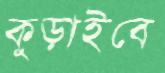
কুড়াইবে